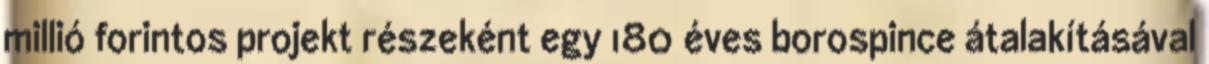
millió forintos projekt részeként egy 180 éves borospince átalakításával